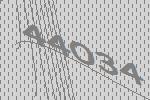
44034